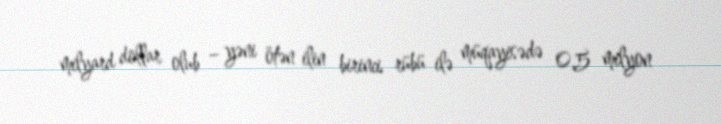
milyard dollar olub – yəni ötən ilin birinci rübü ilə müqayisədə 0,5 milyon